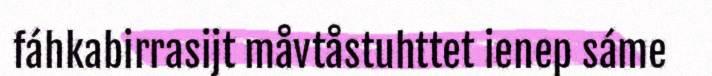
fáhkabirrasijt måvtåstuhttet ienep sáme